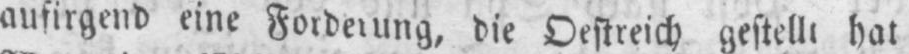
aufirgend eine Forderung, die Oestreich gestellt hat